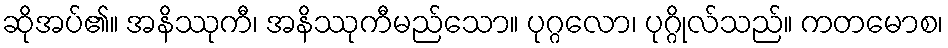
ဆိုအပ်၏။ အနိဿုကီ၊ အနိဿုကီမည်သော။ ပုဂ္ဂလော၊ ပုဂ္ဂိုလ်သည်။ ကတမောစ၊